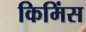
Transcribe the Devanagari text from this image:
किमिंस